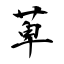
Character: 萆